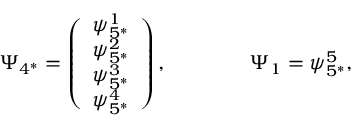
\Psi _ { 4 ^ { * } } = \left( \begin{array} { c } { { \psi _ { 5 ^ { * } } ^ { 1 } } } \\ { { \psi _ { 5 ^ { * } } ^ { 2 } } } \\ { { \psi _ { 5 ^ { * } } ^ { 3 } } } \\ { { \psi _ { 5 ^ { * } } ^ { 4 } } } \end{array} \right) , \qquad \qquad \Psi _ { 1 } = \psi _ { 5 ^ { * } } ^ { 5 } ,